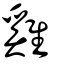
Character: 雞